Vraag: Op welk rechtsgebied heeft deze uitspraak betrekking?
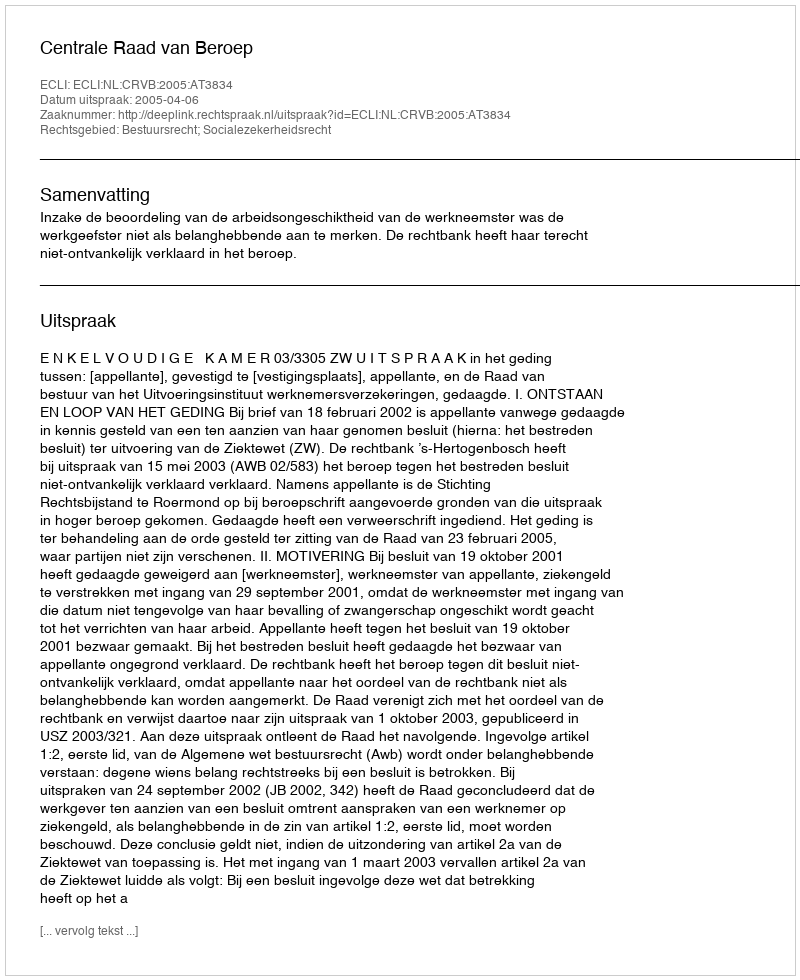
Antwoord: Bestuursrecht; Socialezekerheidsrecht